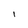
Character: 1